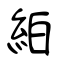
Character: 絈